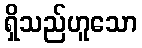
ရှိသည်ဟူသော